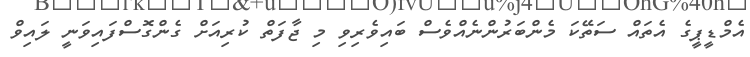
އެމްޑީޕީގެ އެތައް ސަތޭކަ މެންބަރުންނެއްވެސް ބައިވެރިވި މި ޖާފަތް ކުރިއަށް ގެންގޮސްފައިވަނީ ލައިވް